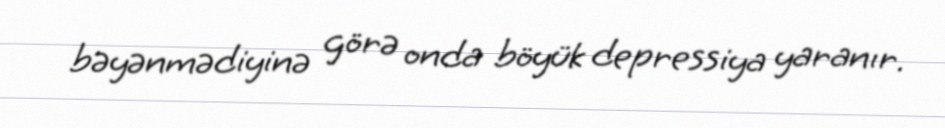
bəyənmədiyinə görə onda böyük depressiya yaranır.